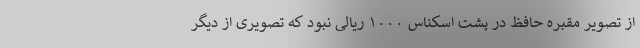
از تصویر مقبره حافظ در پشت اسکناس ۱۰۰۰ ریالی نبود که تصویری از دیگر